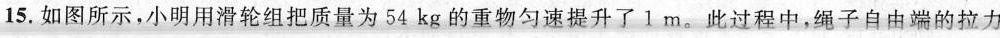
15.如图所示，小明用滑轮组把质量为54kg的重物匀速提升了1m。此过程中，绳子自由端的拉